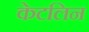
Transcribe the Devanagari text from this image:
केटलिन